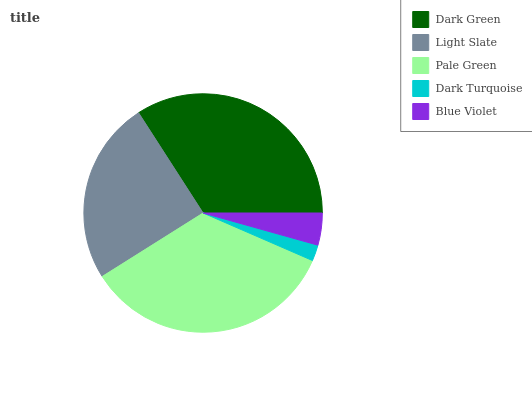
| Dark Green | Light Slate | Pale Green | Dark Turquoise | Blue Violet |
 | --- | --- | --- | --- | --- |
 | 34.1% | 24.8% | 34.6% | 2.18% | 4.35% |